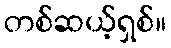
တစ်ဆယ့်ရှစ်။